DOW-UAP-D32, Mission Report, Syria, October 2024
Agency: Department of War
Incident date: 10/20/24
Incident location: Syria
Page 5
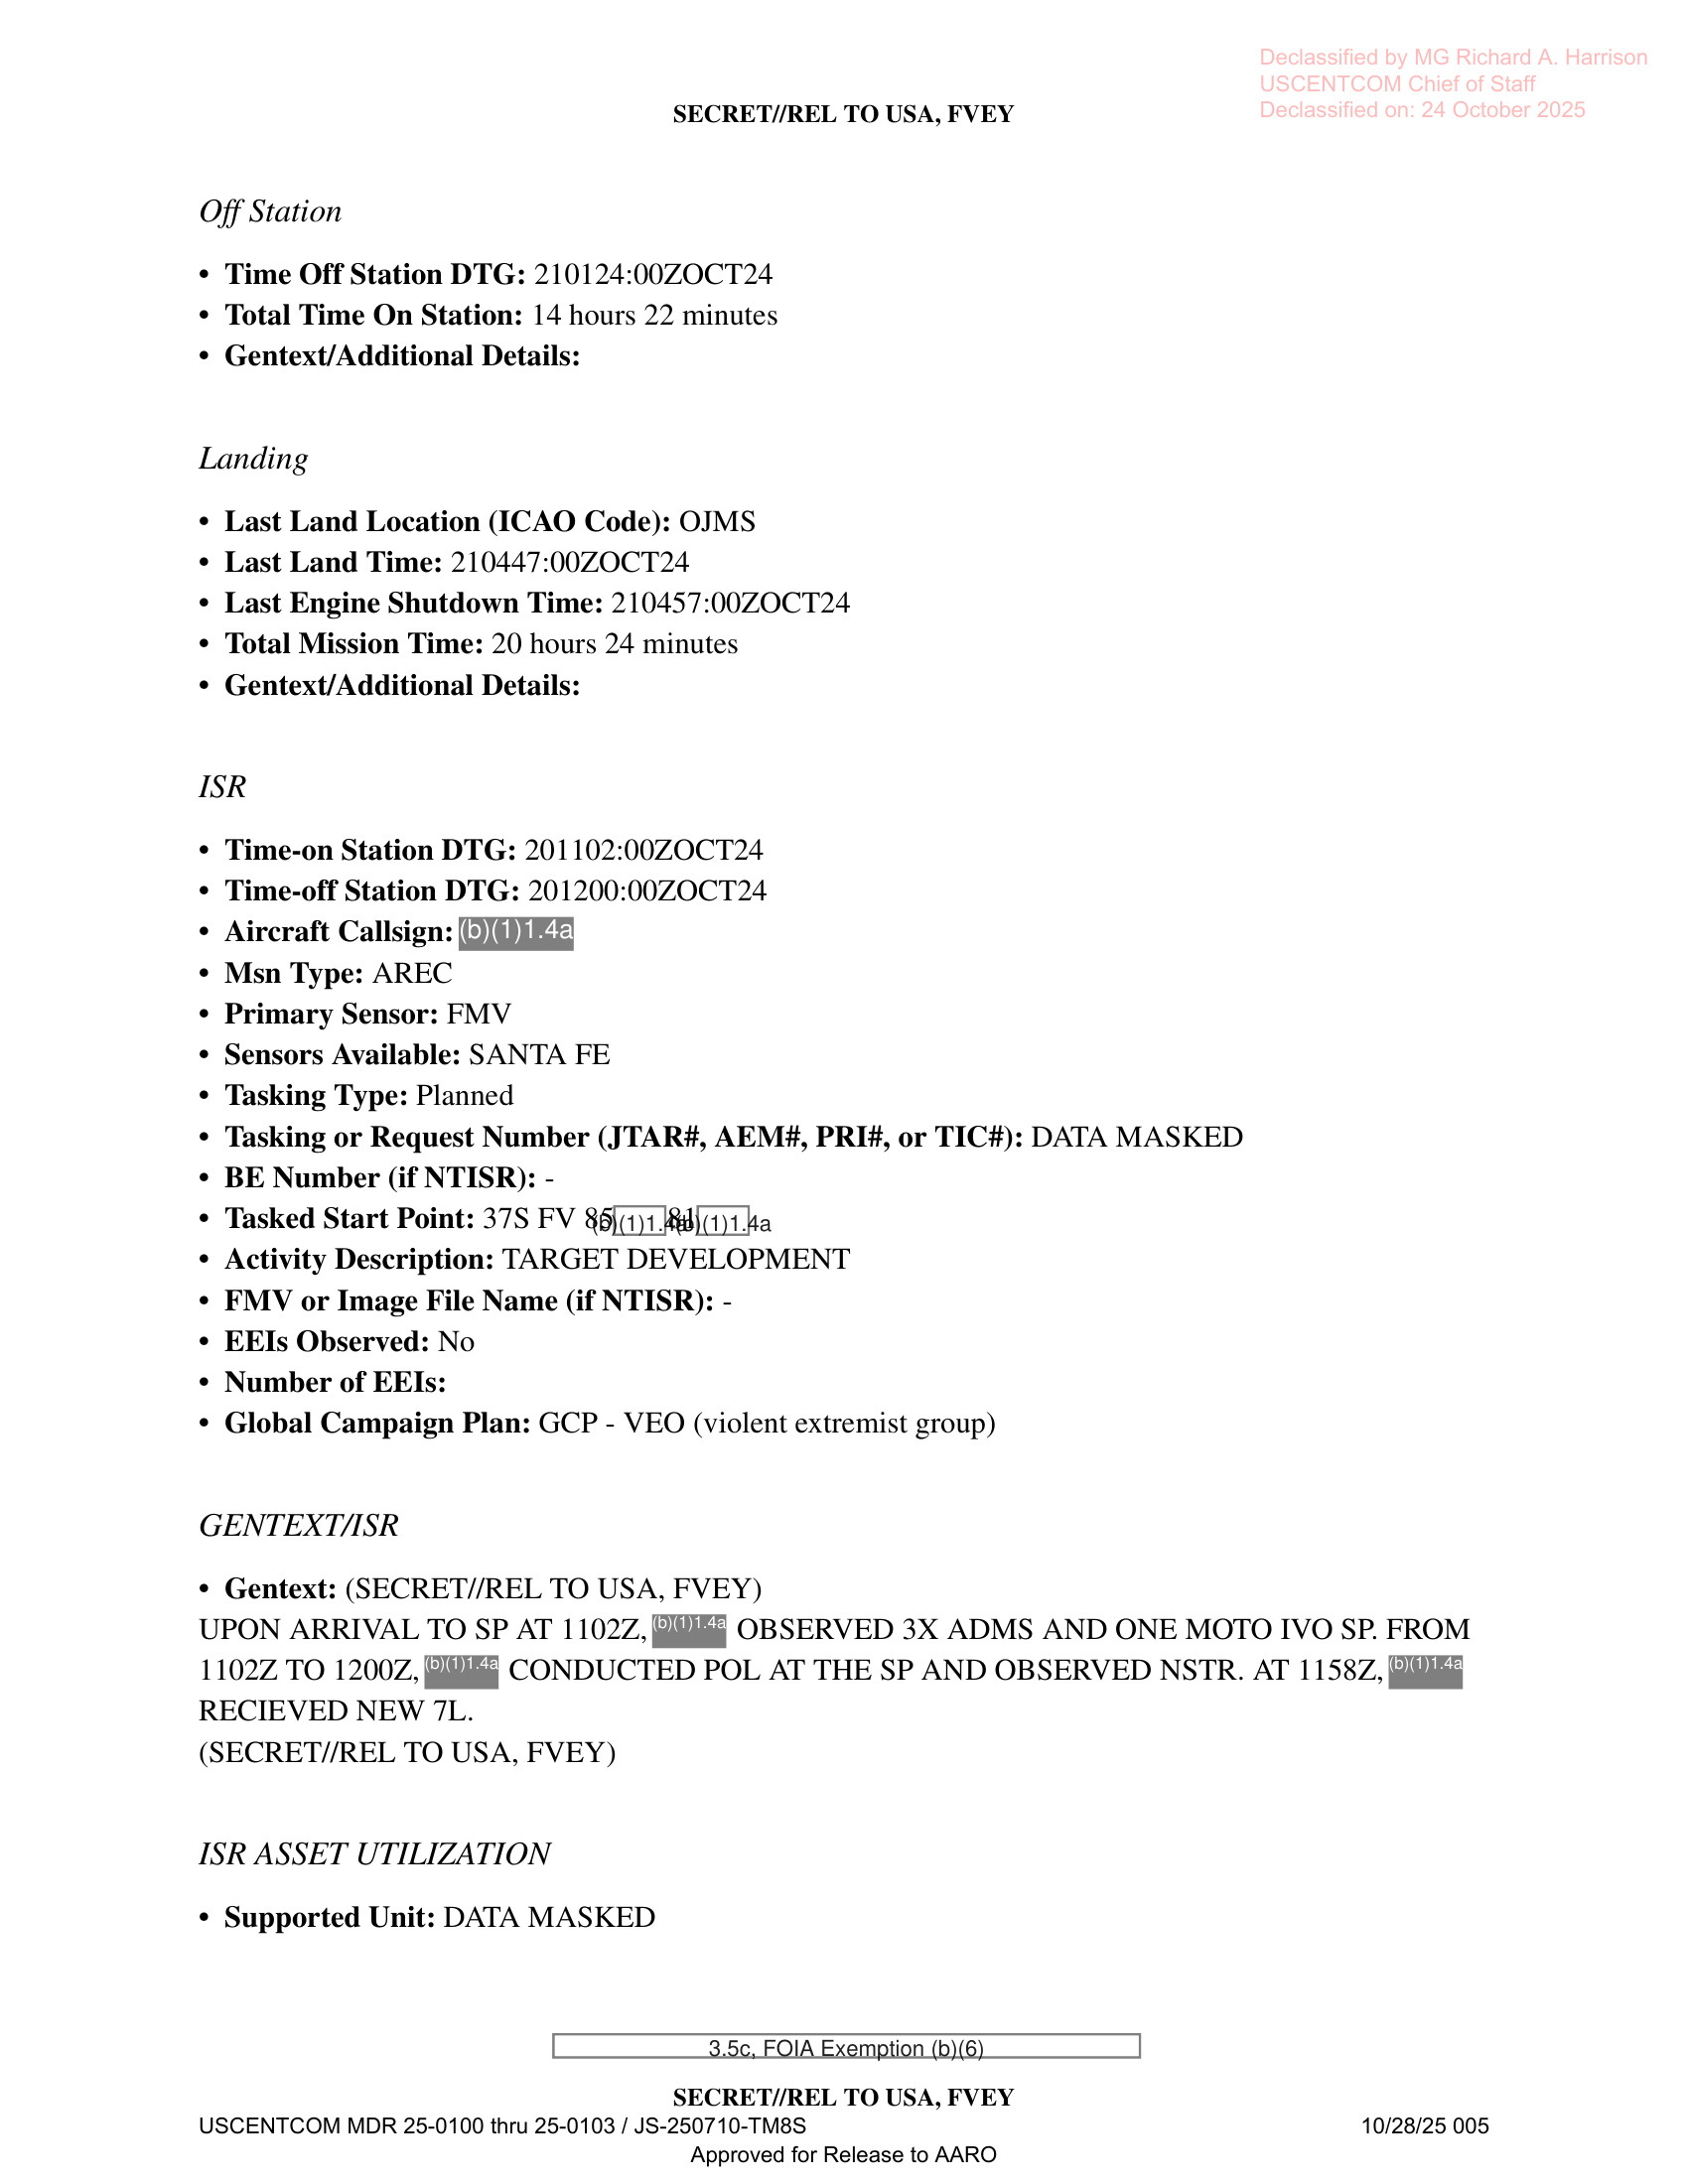